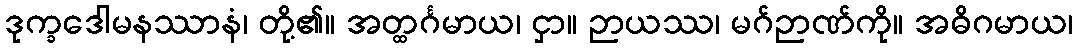
ဒုက္ခဒေါမနဿာနံ၊ တို့၏။ အတ္ထင်္ဂမာယ၊ ငှာ။ ဉာယဿ၊ မဂ်ဉာဏ်ကို။ အဓိဂမာယ၊